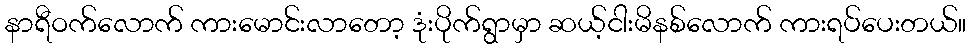
နာရီဝက်လောက် ကားမောင်းလာတော့ ဒုံးပိုက်ရွာမှာ ဆယ့်ငါးမိနစ်လောက် ကားရပ်ပေးတယ်။